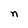
Character: n